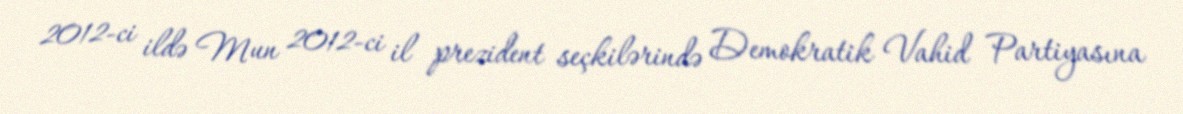
2012-ci ildə Mun 2012-ci il prezident seçkilərində Demokratik Vahid Partiyasına